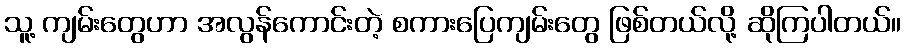
သူ့ ကျမ်းတွေဟာ အလွန်ကောင်းတဲ့ စကားပြေကျမ်းတွေ ဖြစ်တယ်လို့ ဆိုကြပါတယ်။